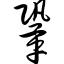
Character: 巩